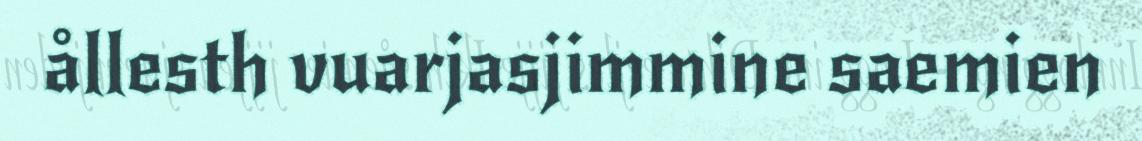
ållesth vuarjasjimmine saemien